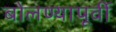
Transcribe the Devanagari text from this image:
बोलण्यापूर्वी